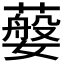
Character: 𦽮